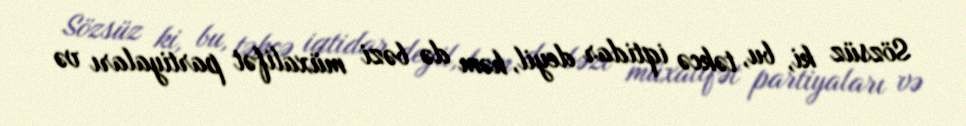
Sözsüz ki, bu, təkcə iqtidar deyil, həm də bəzi müxalifət partiyaları və